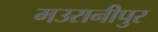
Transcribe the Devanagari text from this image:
मउरानीपुर